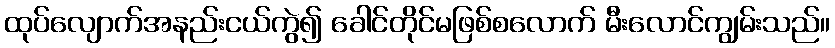
ထုပ်လျောက်အနည်းငယ်ကွဲ၍ ခေါင်တိုင်မဖြစ်စလောက် မီးလောင်ကျွမ်းသည်။